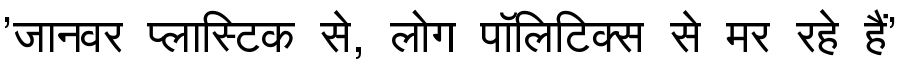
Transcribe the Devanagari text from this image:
'जानवर प्लास्टिक से, लोग पॉलिटिक्स से मर रहे हैं'